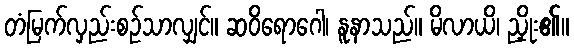
တံမြက်လှည်းစဉ်သာလျှင်။ ဆဝိရောဂေါ၊ နူနာသည်။ မိလာယိ၊ ညှိုး၏။